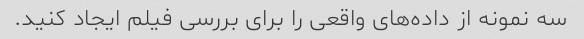
سه نمونه از داده‌های واقعی را برای بررسی فیلم ایجاد کنید.